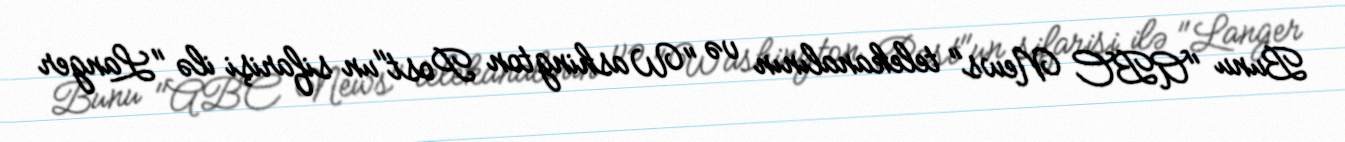
Bunu "ABC News" telekanalının və "Washington Post"un sifarişi ilə "Langer